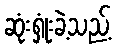
ဆုံးရှုံးခဲ့သည့်